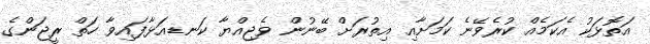
އަތޮޅަކު އެކަމެއް ކުރެވޭނެ ކަމަށާއި އިތުރަށް ބޭނުން ވެޖިއްޔާ ކަނޑއަޅާފައިވާ ހަތް ރީޖަންގެ